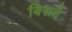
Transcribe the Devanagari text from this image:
बिरूदे